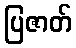
ပြဇာတ်